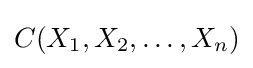
C(X_{1},X_{2},\ldots ,X_{n})